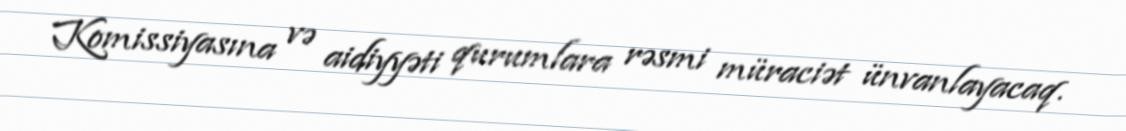
Komissiyasına və aidiyyəti qurumlara rəsmi müraciət ünvanlayacaq.